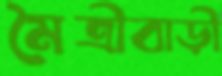
মৈত্রীবাড়ী